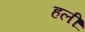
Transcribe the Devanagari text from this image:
हलीं